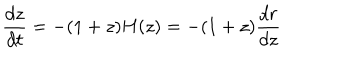
\frac { d z } { d t } = - ( 1 + z ) H ( z ) = - ( 1 + z ) \frac { d r } { d z }